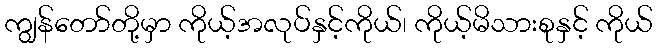
ကျွန်တော်တို့မှာ ကိုယ့်အလုပ်နှင့်ကိုယ်၊ ကိုယ့်မိသားစုနှင့် ကိုယ်